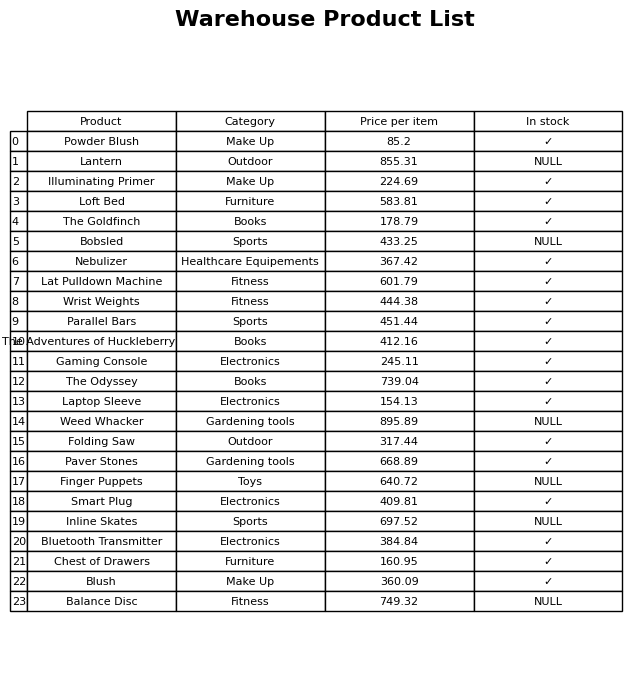
question: What is the price of the Lantern?
answer: The price of Lantern is 855.31.